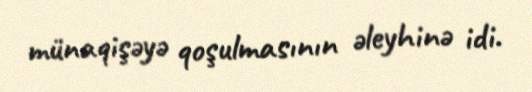
münaqişəyə qoşulmasının əleyhinə idi.